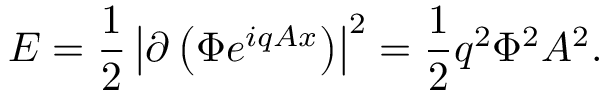
E = { \frac { 1 } { 2 } } \left| \partial \left( \Phi e ^ { i q A x } \right) \right| ^ { 2 } = { \frac { 1 } { 2 } } q ^ { 2 } \Phi ^ { 2 } A ^ { 2 } .